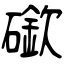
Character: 䃢